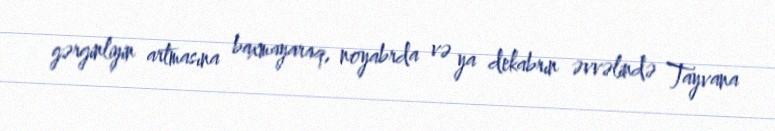
gərginliyin artmasına baxmayaraq, noyabrda və ya dekabrın əvvəlində Tayvana